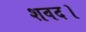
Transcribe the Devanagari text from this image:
शवद।